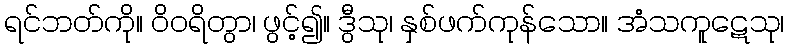
ရင်ဘတ်ကို။ ဝိဝရိတွာ၊ ဖွင့်၍။ ဒွီသု၊ နှစ်ဖက်ကုန်သော။ အံသကူဋေသု၊